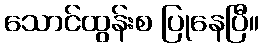
သောင်ထွန်းစ ပြုနေပြီ။